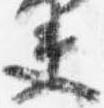
夫